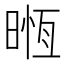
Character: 𣈶